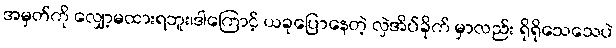
အမှတ်ကို လျှော့မထားရဘူး၊ဒါကြောင့် ယခုပြောနေတဲ့ လှဲအိပ်ခိုက် မှာလည်း ရိုရိုသေသေပဲ